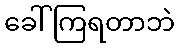
ခေါ်ကြရတာဘဲ